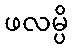
ဖလမ္ပိ